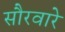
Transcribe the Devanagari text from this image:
सौरवारे